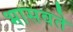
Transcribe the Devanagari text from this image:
भासवते